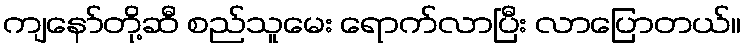
ကျနော်တို့ဆီ စည်သူမေး ရောက်လာပြီး လာပြောတယ်။